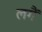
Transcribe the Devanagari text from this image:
लगैं